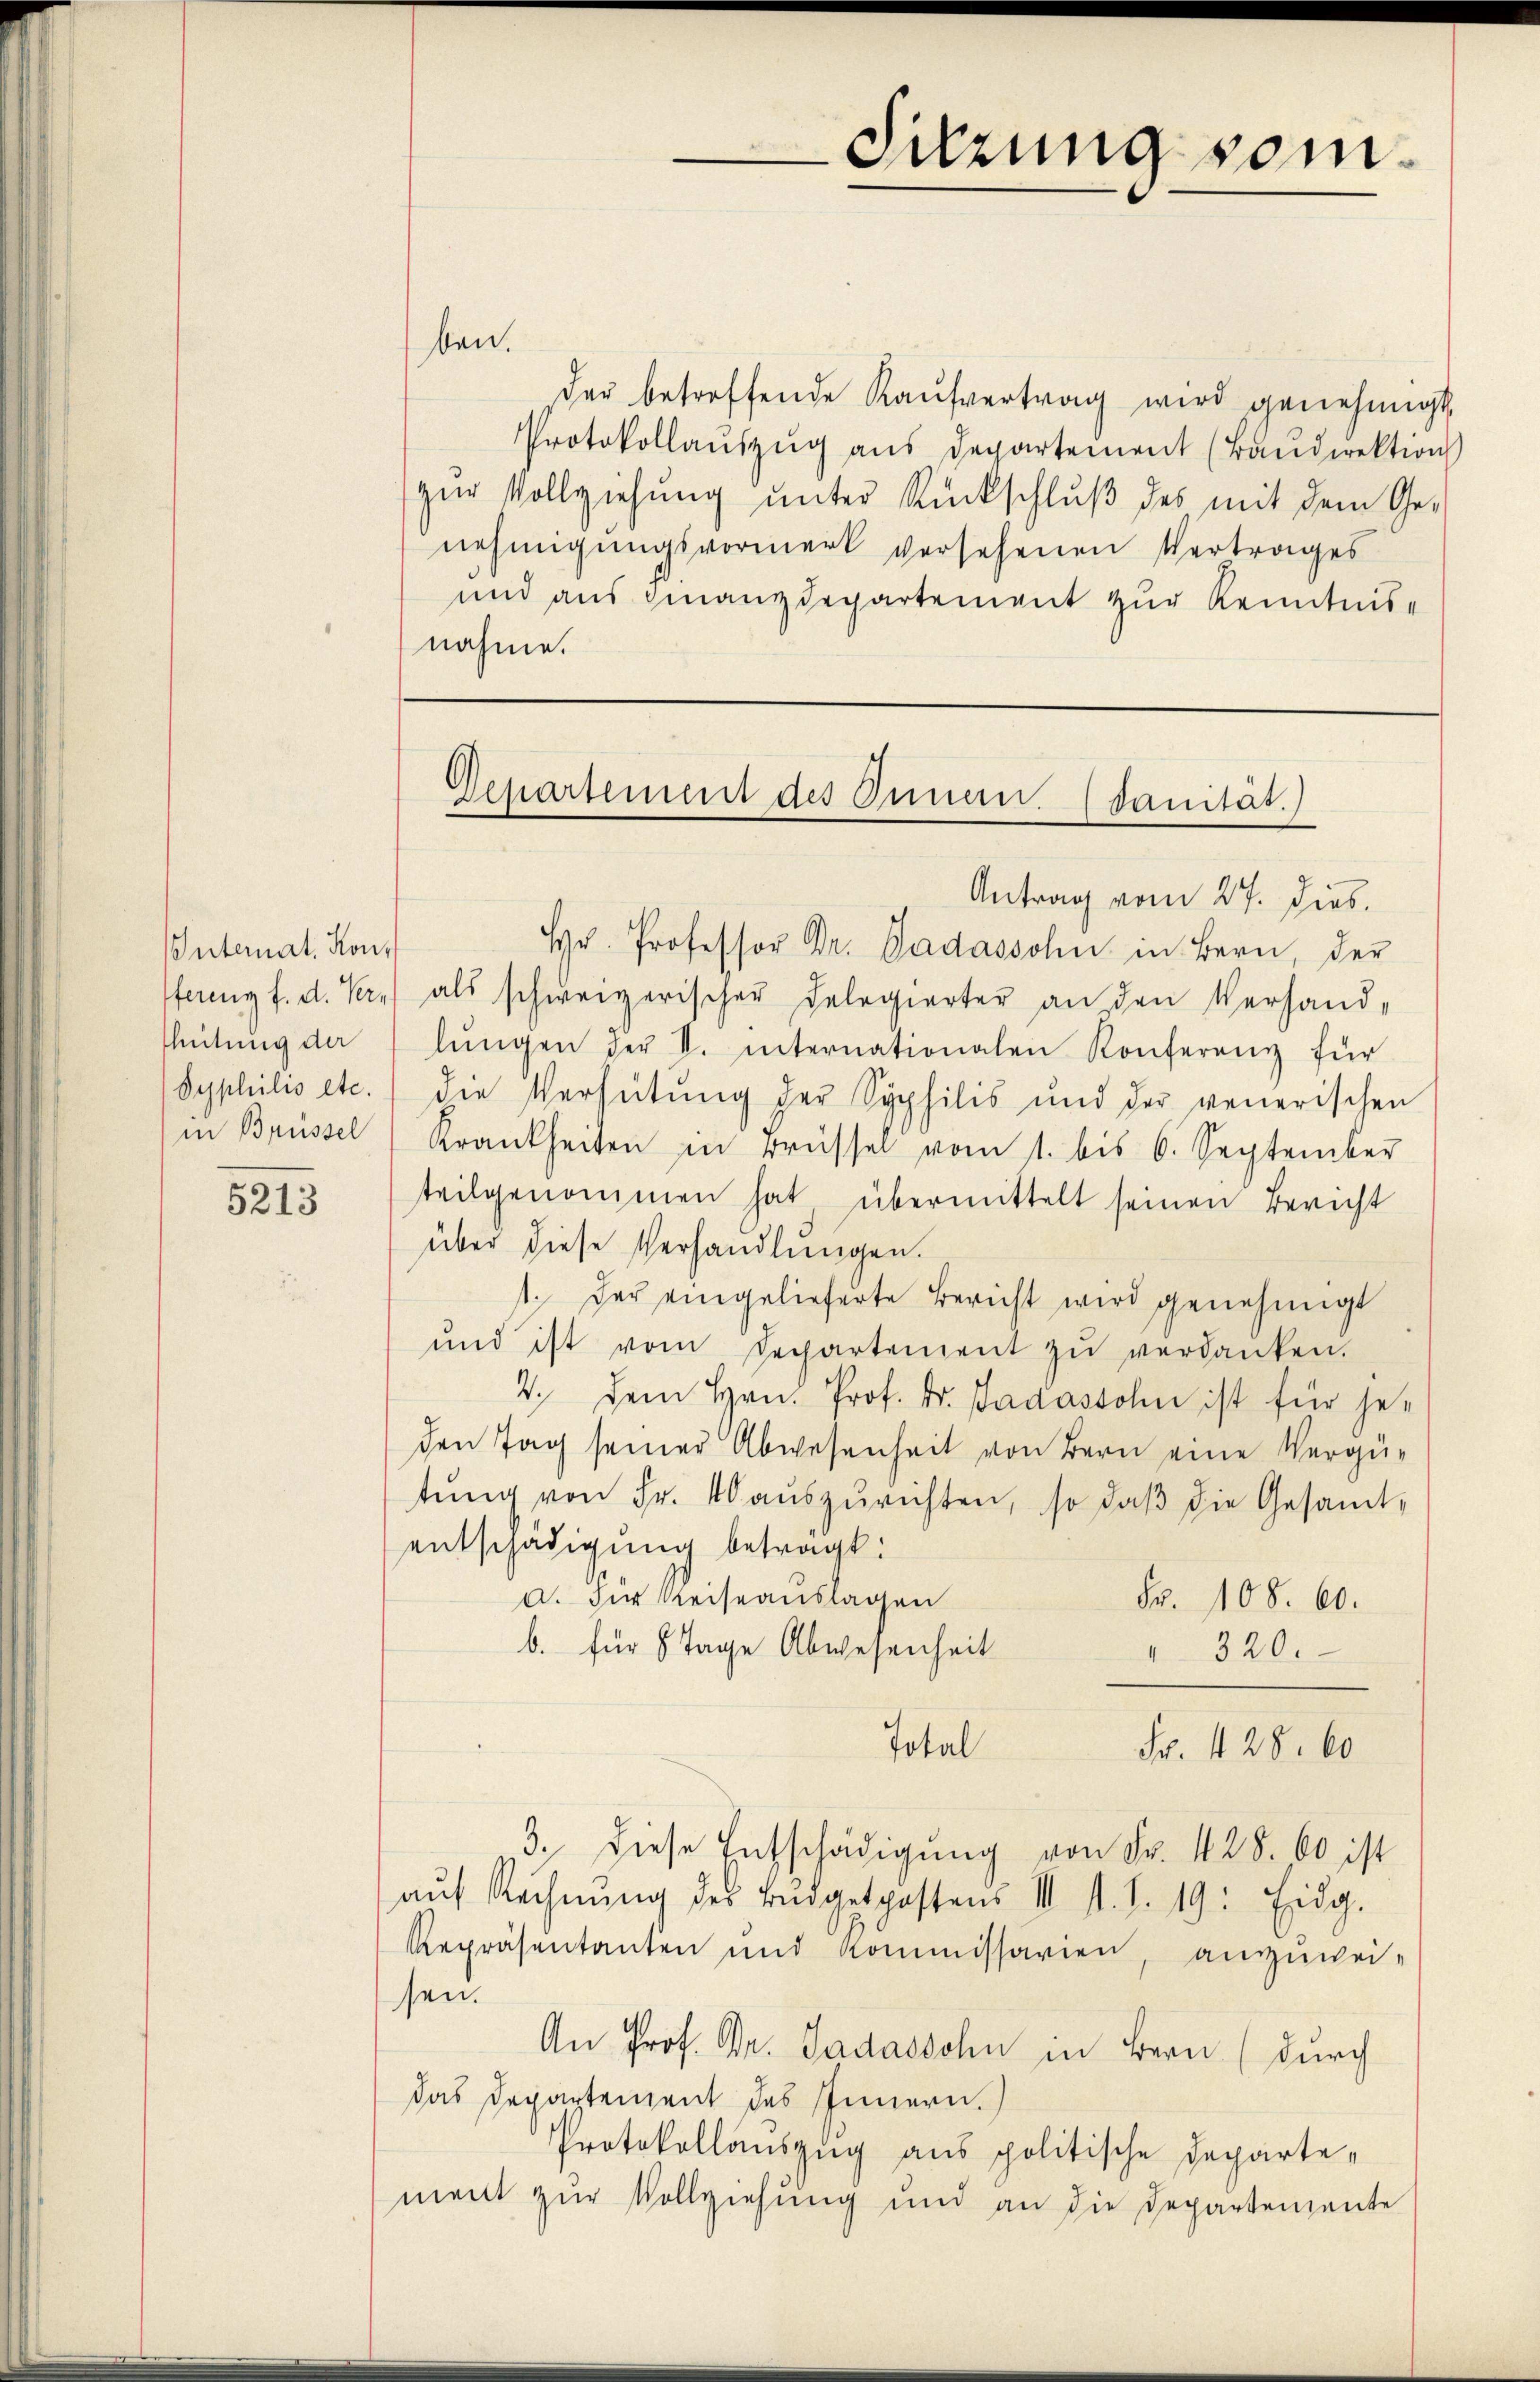
Internat, Kontleitung der
in Brüssel

5213

ben.
der betreffende Kaŭfvertrag wird genehmigt
Protokollaŭszŭg ans Departement (Baŭdirektion
zur Vollziehung unter Rückschluß des mit dem Ge-
nehmigungsvormerk versehenen Vertrages
und aus Finanzdepartement zur Kenntnisnahme.

Sitzung vom

Gepartement des Innern. (Sanität.)

Antrag vom 27. Dies
Hr. Professor Dr. Gadássohn in Bern, der
fferenz f. d. Pere als schweizerischer Delegierter an den Verhandlŭngen der V. Internationalen Konferenz für
Syphilis etc.) die Verheitung der Syphilis und der venerischen
Krankheiten in Brüssel vom 1. bis 6. September
teilgenommen hat übermittelt seinen Bericht
über diese Verhandlungen.
1. Der eingelieferte Bericht wird genehmigt
und ist vom Departement zŭ verdanken.
2. Dem Hrn. Prof. Dr. Jadassohn ist für je-
den Tag seiner Abwesenheit von Bern eine Vergütŭng von Fr. 40 aŭszŭrichten, so daβ die Gesamt-
entschädigung betragt:
a. Für Reiseauslagen
Fr. 108. 60.
b. für 8 Tage Abwesenheit
 320.
Total
Fr. 428. 60
3. Diese Entschädigung von Fr. 428. 60 ist
aŭf Rechnŭng des Budgetpostens III S. S. 19: Eidg.
Repräsentanten und Kommissarien, anzuwei-
sen.
An Prof. Dr. Jadassohn in Bern (durch
das Departement des Innern.
Protokollauszug aus politische Departement zur Vollziehung und an die Departemente